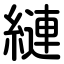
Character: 縺